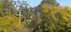
૧૧૪૭